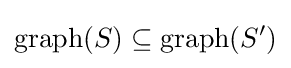
\mathrm {graph} (S)\subseteq \mathrm {graph} (S')